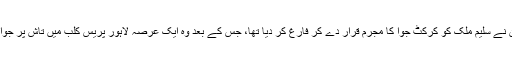
اسی کمیشن نے سلیم ملک کو کرکٹ جوا کا مجرم قرار دے کر فارغ کر دیا تھا، جس کے بعد وہ ایک عرصہ لاہور پریس کلب میں تاش پر جوا کھیلتا رہا۔